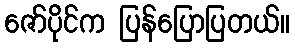
ဇော်ပိုင်က ပြန်ပြောပြတယ်။